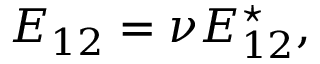
E _ { 1 2 } = \nu E _ { 1 2 } ^ { \star } , \;